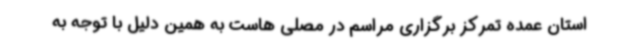
استان عمده تمرکز برگزاری مراسم در مصلی هاست به همین دلیل با توجه به